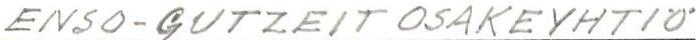
ENSO-GUTZEIT OSAKEYHTIÖ